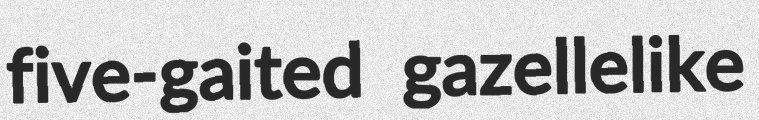
five-gaited gazellelike